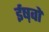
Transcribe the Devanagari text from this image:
ईष़वों